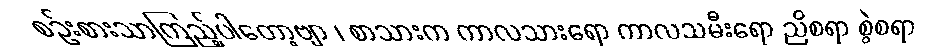
စဉ်းစားသာကြည့်ပါတော့ဗျာ ၊ စာသားက ကာလသားရော ကာလသမီးရော ညိစရာ စွဲစရာ